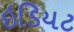
ઇડિયટ